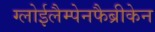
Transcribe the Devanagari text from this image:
ग्लोईलैम्पेनफैब्रीकेन